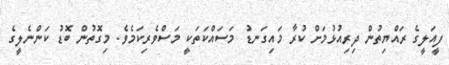
ފީއަލީގެ ރައްޔިތުން ދިރިއުޅުމަށް ކުރާ މައިގަނޑު މަސައްކަތަކީ މަސްވެރިކަމެވެ. މިގޮތުން ބޮޑު ކަންނެލީގެ